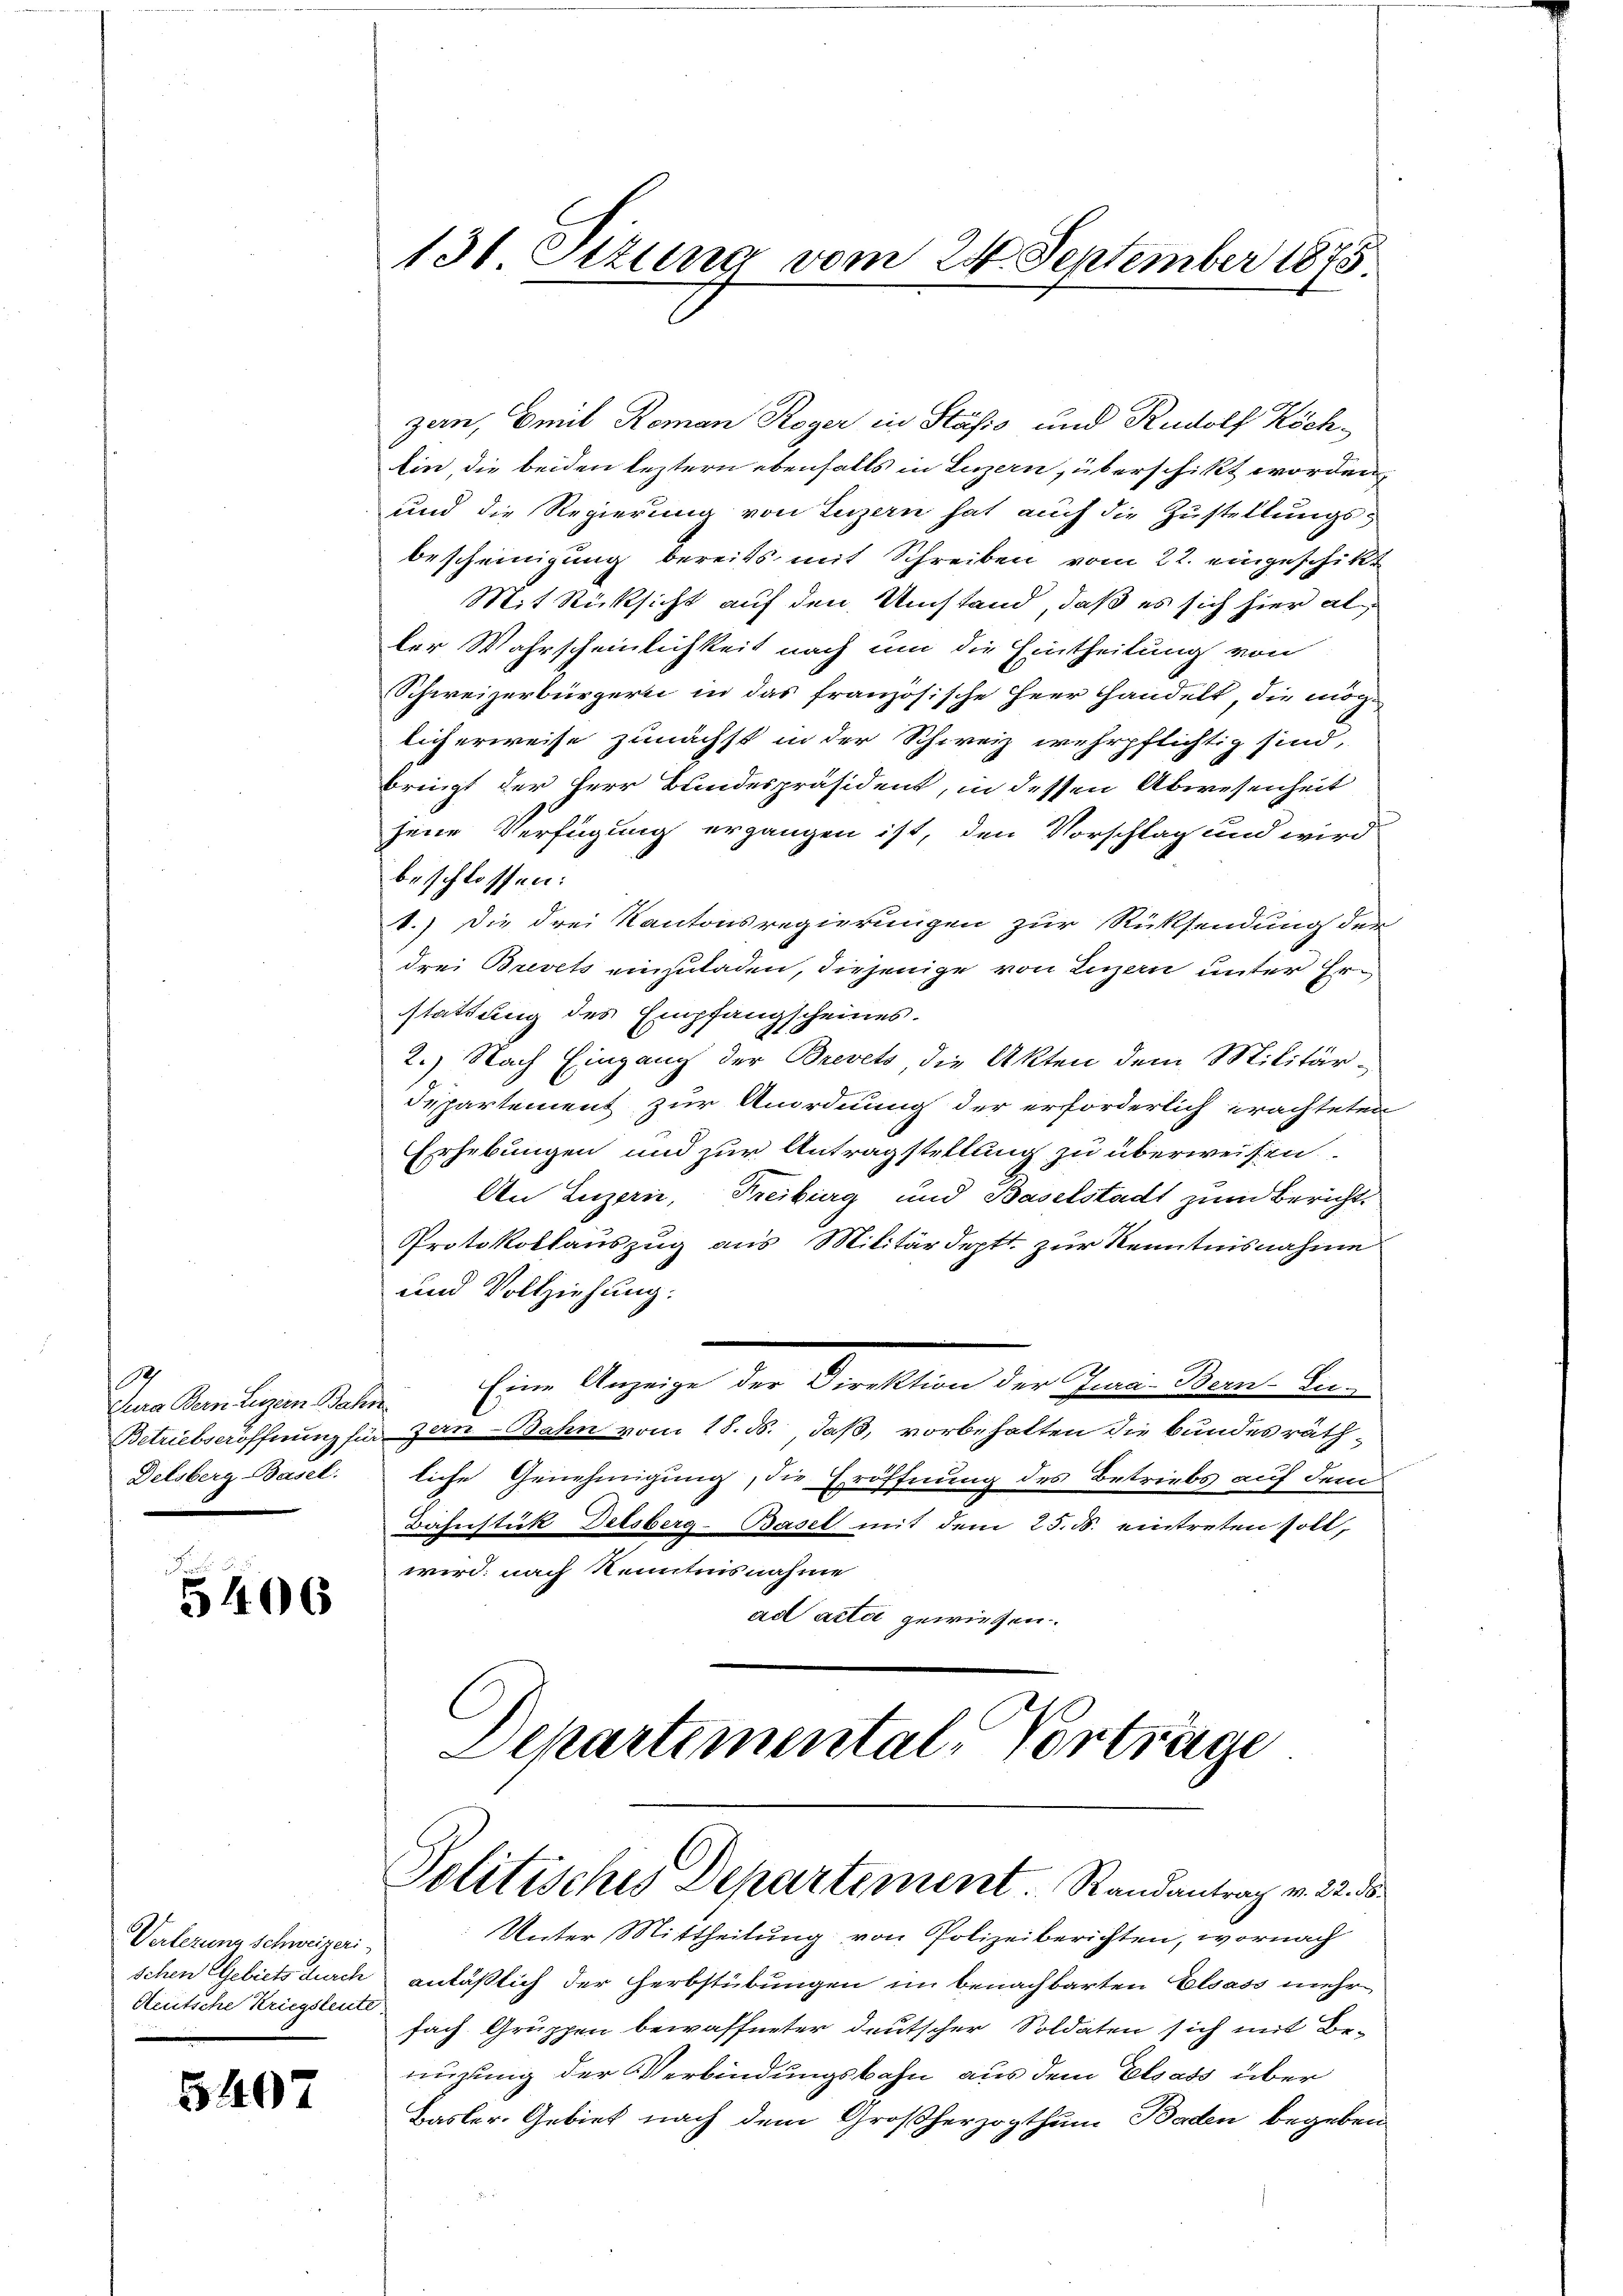
Jena Bern Ligen Bah
Betriebseröffnung fü
Delsberg Basel.

5406

Verlegung schweizeri
schen Gebiets durch
Reutsche Kriegsleute

5407

130. Sitzung vom 24. September 1875.

zen, Emil Roman Roger in Stäsis und Rudolf Köch¬
Ein die beiden leztern ebenfalls in Luzern, überschikt worden,
und die Regierung von Luzern hat auch die Zustellungsbescheinigung bereits mit Schreiben vom 22. eingeschikt
Mit Rücksicht auf den Umstand, daß es sich hier aller Wahrscheinlichkeit nach um die Eintheilung von
Schweizerbürgern in das französische Herr Handelt, die möglicherweise zunächst in der Schweiz wehrpflichtig sind,
bringt der Herr Bundespräsident, in dessen Abwesenheit
jene Verfügung ergangen ist, den Vorschlag und wird
beschlossen:
8.) Die drei Kantonsregierungen zur Rücksendung der
drei Brevets einzuladen, diejenige von Luzern unter Erstattung des Empfangscheines.
2.) Nach Eingang der Brevets die Akten dem Militär
Dipartement zur Anordnung der erforderlich erachteten
Erhebungen und zur Antragstellung zu überweisen.
An Luzern, Freiburg und Baselstadt zum Bericht
Protokollauszug aus Militärdeptt. zur Kenntnisnahme
und Vollziehung.
Eine Anzeige der Direktion der Jura-Bern-Ei-
.
 an Bahn vom 18. ds., daß, vorbehalten die bundesräthliche Genehmigung, die Eröffnung des Betriebs auf dem
Bahnstück Delsberg-Basel mit dem 25. d. eintreten soll,
wird nach Kenntnisnahme
ad acta gewiesen.
Departemental-Vorträge

Politisches Departement.  Randantrag v. 22. d

Unter Mittheilung von Polizeiberichten, wornach
anläßlich der Herbstübungen im benachbarten Elsass mehr
fach Gruppen bewaffneter deutscher Soldaten sich mit Be-
nügung der Verbindungsbahn aus dem Elsass über
Basler. Gebiet nach dem Großherzogthum Baden begeben